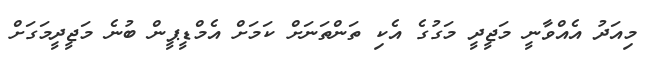
މިއަދު އެއްވާނީ މަޖީދީ މަގުގެ އެކި ތަންތަނަށް ކަމަށް އެމްޑީޕީން ބުނެ މަޖީދީމަގަށް